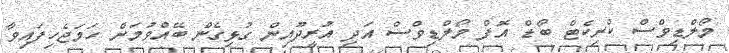
މޯލްޑިވްސް ކްރިކެޓް ބޯޑް އޮފް މޯލްޑިވްސް އަދި އުރީދޫއިން ގުޅިގެން ބޭއްވުމަށް ހަމަޖެހިފައިވާ